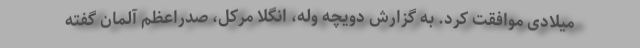
میلادی موافقت کرد. به گزارش دویچه وله، انگلا مرکل، صدراعظم آلمان گفته